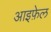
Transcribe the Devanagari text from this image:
आइफ़ेल